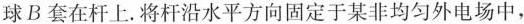
球B套在杆上。将杆沿水平方向固定于某非均匀外电场中，